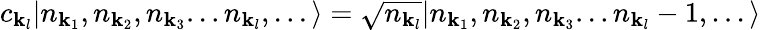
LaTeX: c_{{\mathbf{k}}_{l}}|n_{{\mathbf{k}}_{1}},n_{{\mathbf{k}}_{2}},n_{{\mathbf{k}}_{3}}...n_{{\mathbf{k}}_{l}},...\rangle={\sqrt{n_{{\mathbf{k}}_{l}}}}|n_{{\mathbf{k}}_{1}},n_{{\mathbf{k}}_{2}},n_{{\mathbf{k}}_{3}}...n_{{\mathbf{k}}_{l}}-1,...\rangle